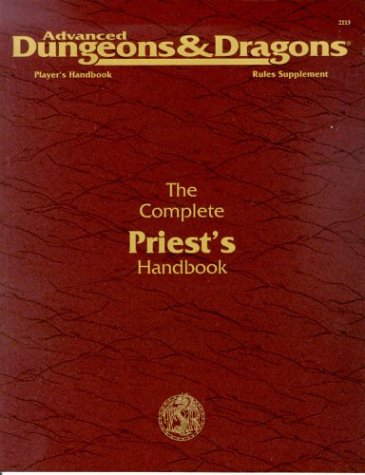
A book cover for The Complete Priest's Handbook, Second Edition (Advanced Dungeons & Dragons: Player's Handbook Rules Supplement #2113; Aaron Allston; Science Fiction & Fantasy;